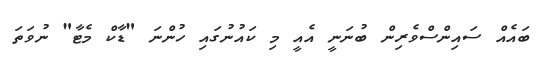
ބައެއް ސައިންސްވެރިން ބުނަނީ އެއީ މި ކައުނުގައި ހުންނަ "ޑާކް މެޓާ" ނުވަތަ